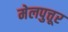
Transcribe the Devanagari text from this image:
मेलपुत्तूर